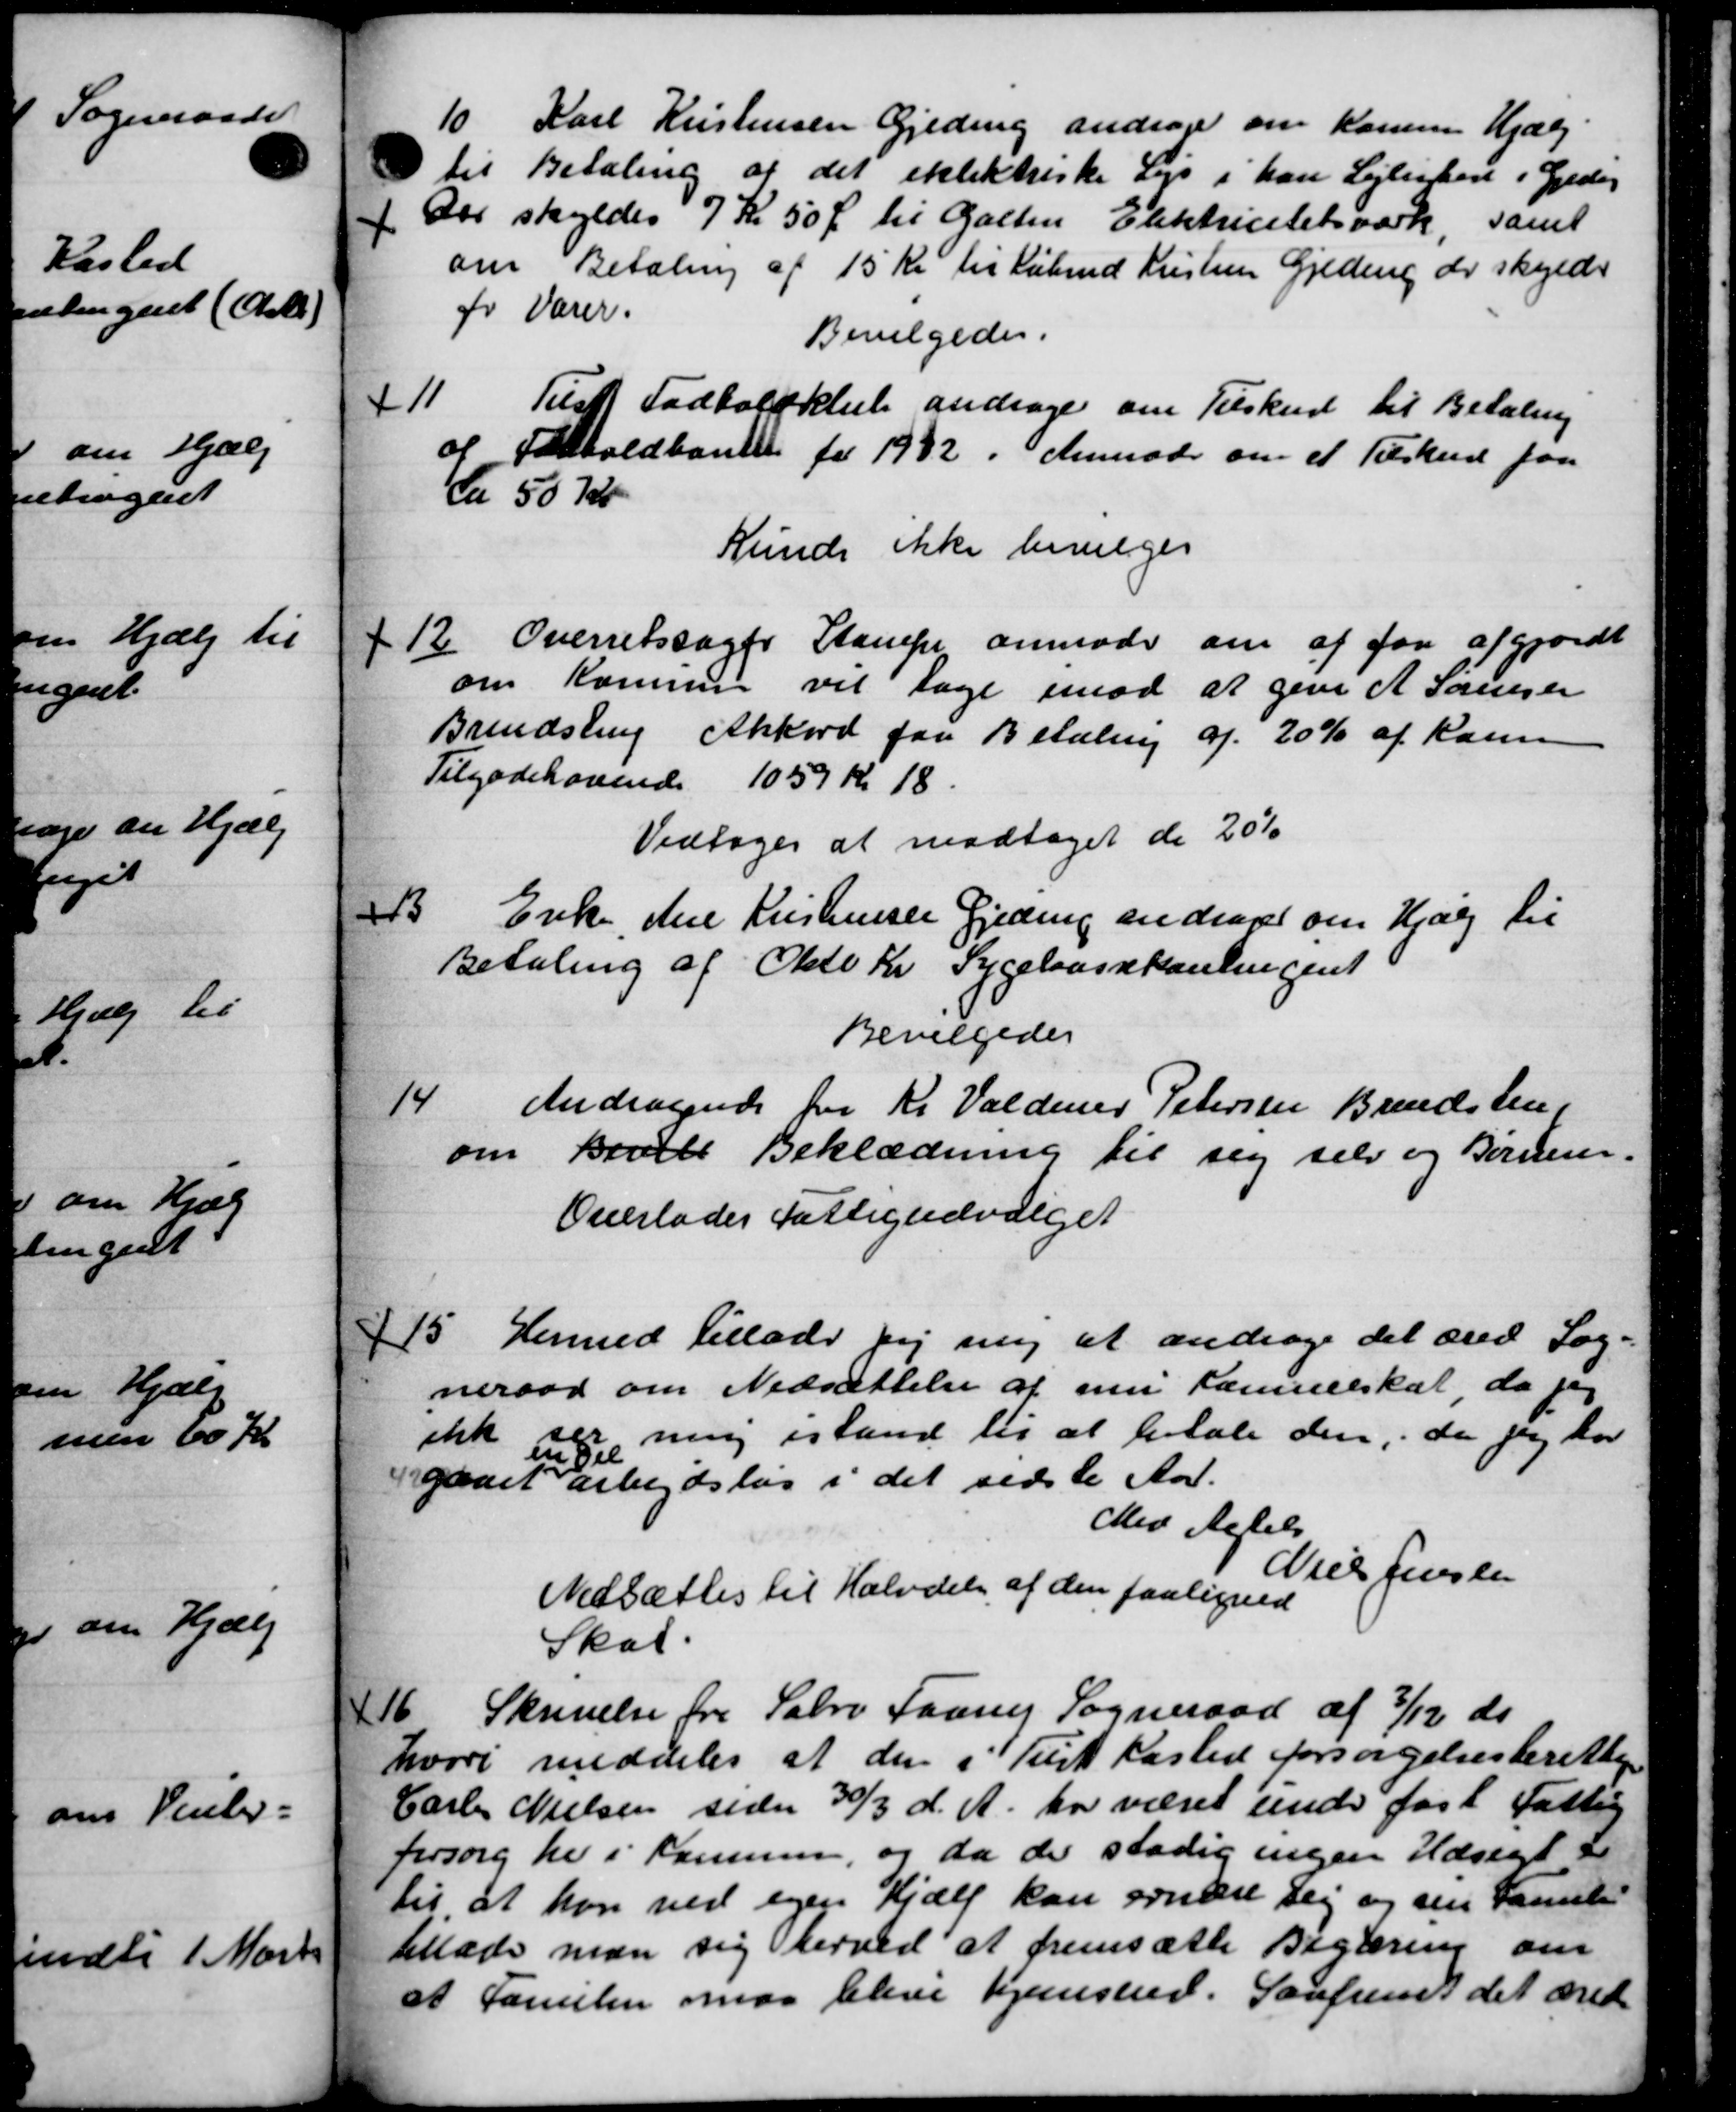
Transskription:
10
Karl Kristensen Gjeding andrager om Komen Hjælp
til Betaling af det eklektriske Leje i han Lejlighed i Gjedeg
f Der skyldes 7 Kr 50 Ø til Galten Elektricitetsværk samt
om Betaling af 15 Kr til Købmd Kristine Gjeding der skylder
for Varer.
Bevilgedes.
11
Tulst Todboldklub andrager om Tilskud til Betaling
af Fodboldbanen for 1932. Anmode om et Tilskud paa
ca 50 Kr.
Kunde ikke bevilges
12.
Overretssager Stampe anmoder om at for afgjordt
om Kommune vil tage imod at give A Sørensen
Brendsling Akkord faa Betaling af 20 % af Kann
Tilgodehavende 1059 Kr 18
Vedtoges at modtaget de 20%
13.
Enke, Anne Kristensen Gjeding andrager om Hjælp til
Betaling af Okto Kr Sygekassekontingent
Bevilgedes
14
Andragende for Kr. Valdemar Petersen Brendsten,
tovets Beklædning til sig selv og Børnen.
om
Overlades Fattigudvalget
15
Hermed Tillade vej ny at andrage det æred Sog-
neraad om Nedsættelse af mi Kammelskab, da jeg
ikke regning istand til at betale den, da jeg har
gaaet arbejdsløs i det sidste Aar.
Med delels
Niels Jensen
Nedsættes til Halvdel af den paaligned
Skat.
16.
Skrivelse fra Sabro Faarup Sogneraad af 3/12 ds
hvori meddeles at den i Tist Kasted forsørgelsesberettige
Carl Nielsen siden 30/3 d. A. har været under fast Fattig
forsorg her i Kommune, og da de stadig ingen Hæsegl L
til at kan ved egen Hjælp kan ernære sig og sin Famili
tillade man sig herved at fremsætte Begæring om
at Familien maa blive hjemsted. Saafremt det æred